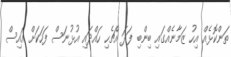
ތަންކޮޅެއް އިހު ޒަމާނެއްގައި ބިންބި ފަދަ އެްޗެހި ހައްދައި އުޅުނަސް ފަހަކަށް އައިސް